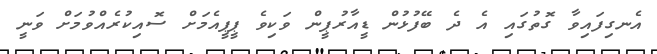
އެނގިފައިވާ ގޮތުގައި އެ ދެ ބޭފުޅުން ޑީއާރުޕީން ވަކިވެ ޕީޕީއެމަށް ސޮއިކުރެއްވުމަށް ވަނީ